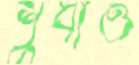
শুধাও